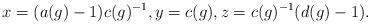
LaTeX: \begin{align*} x=(a(g)-1)c(g)^{-1},y=c(g),z=c(g)^{-1}(d(g)-1).\end{align*}